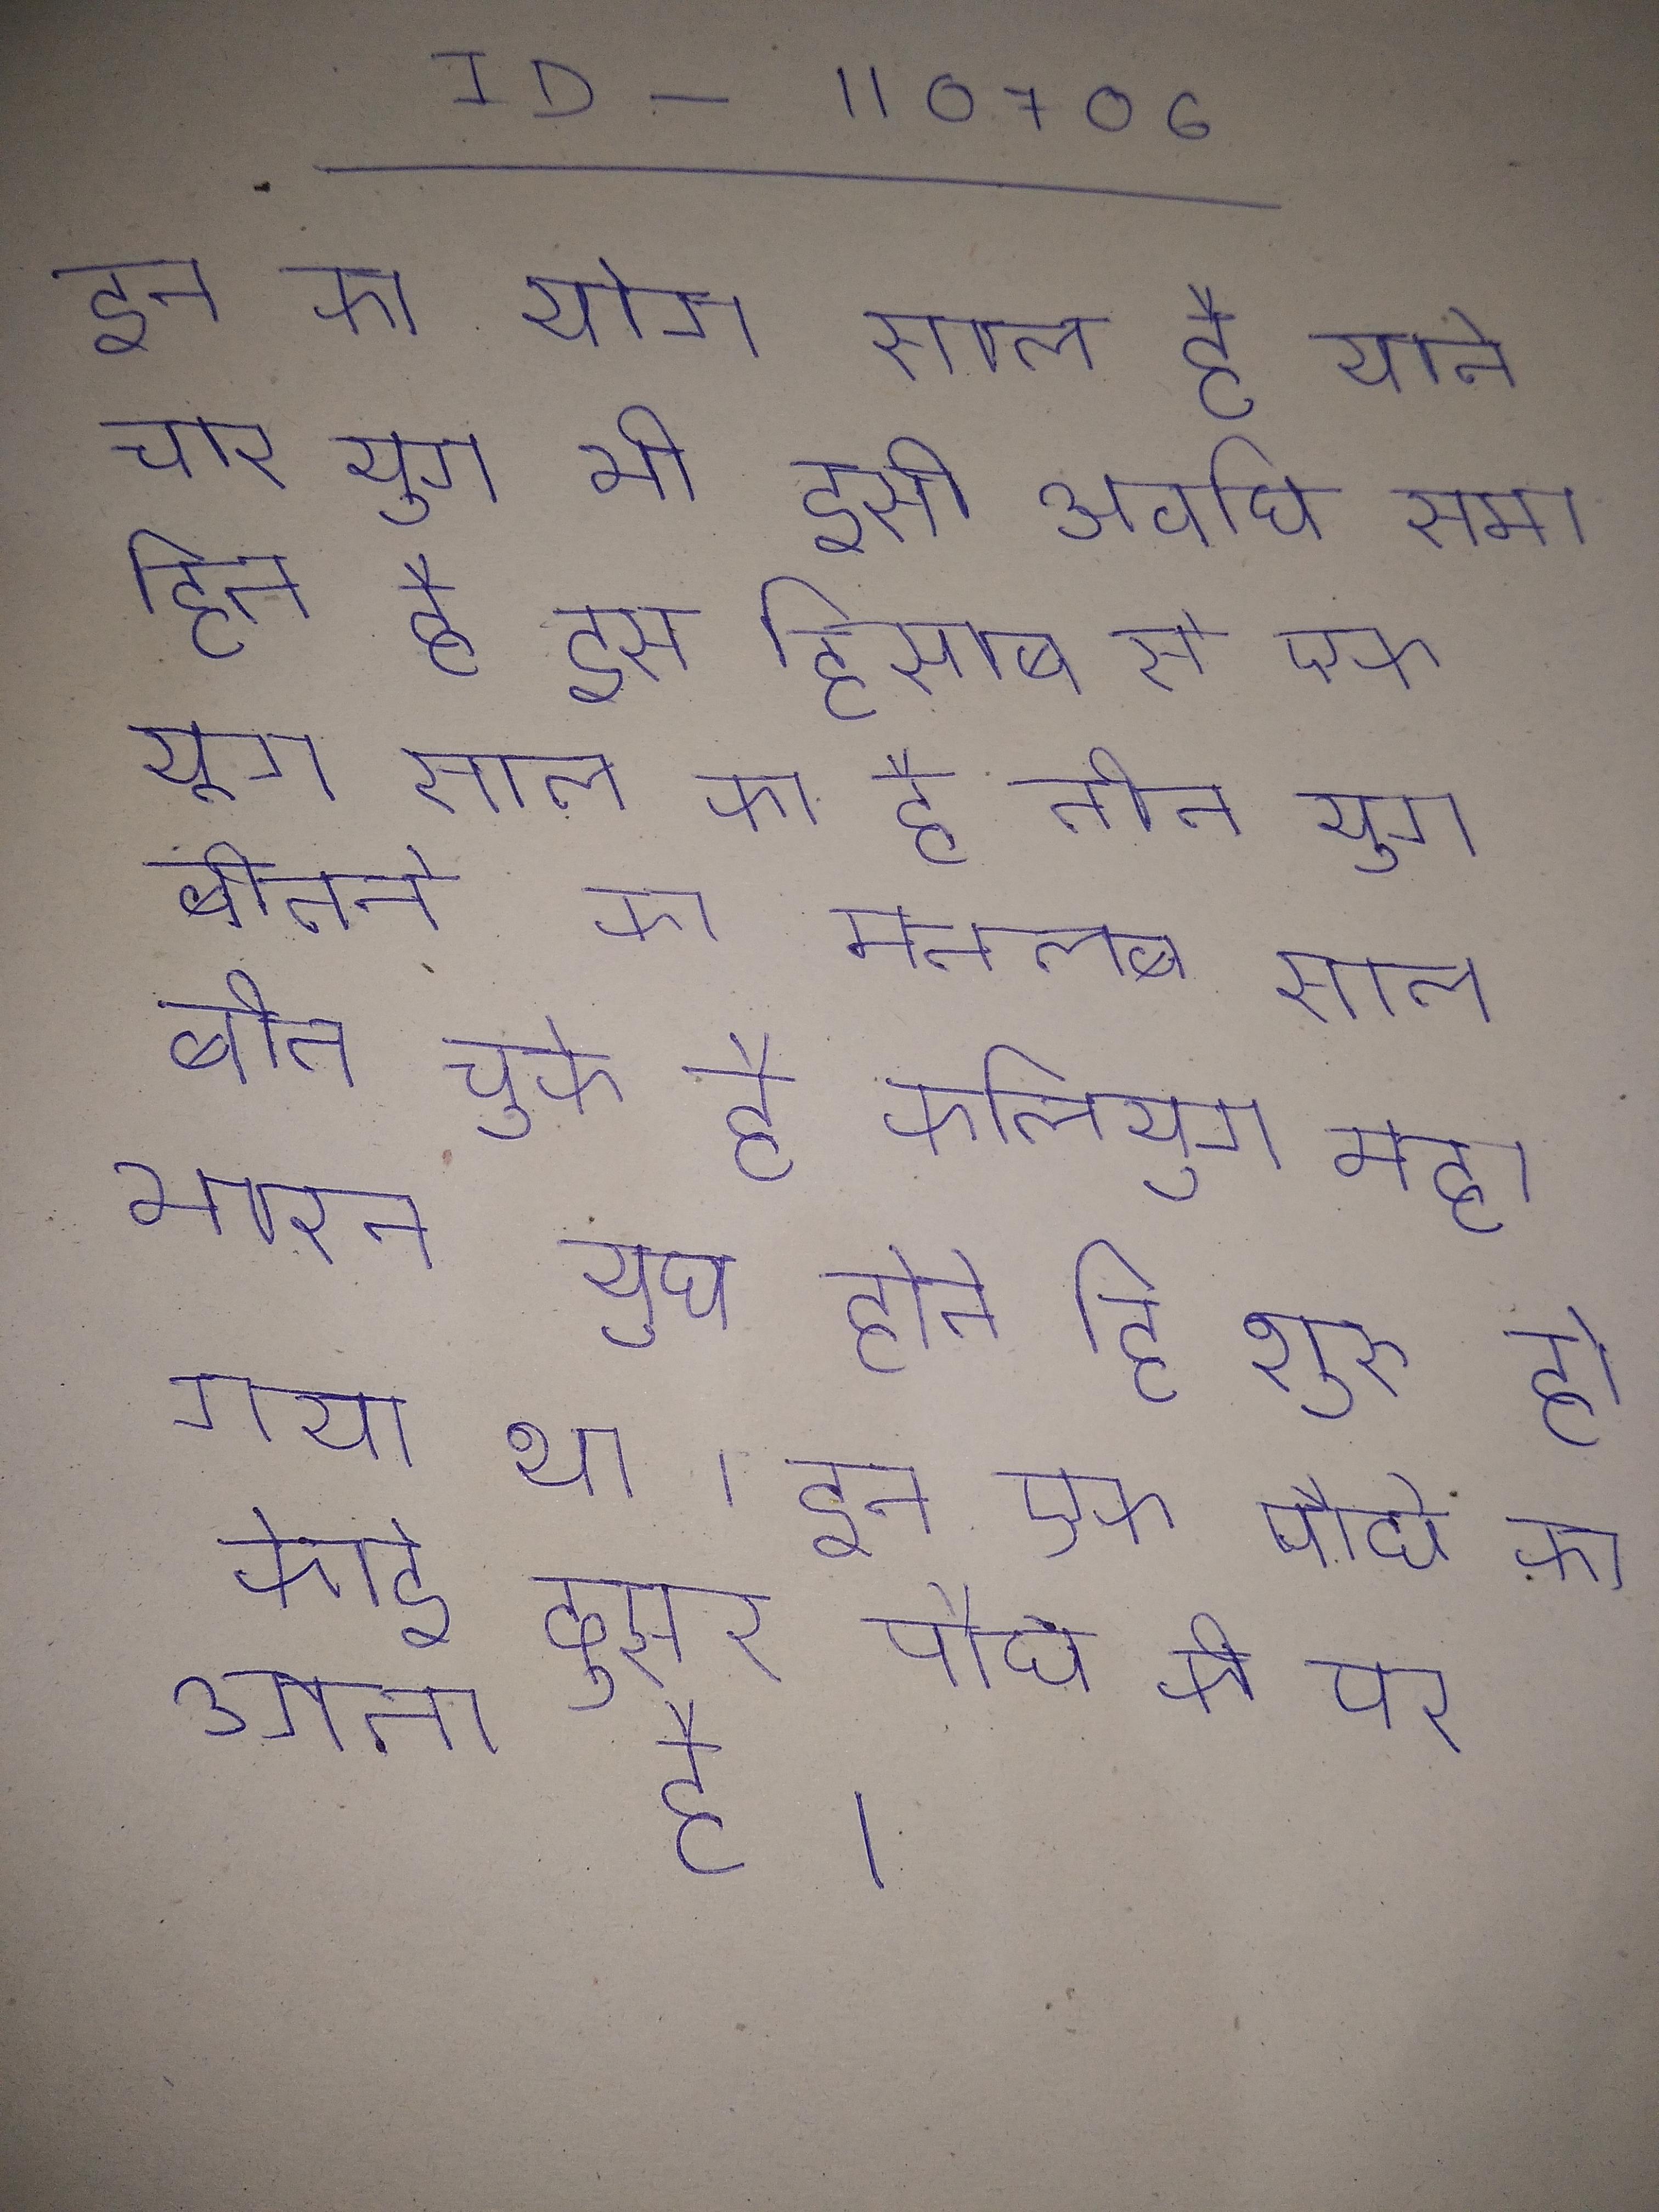
इन का योग साल है याने चार युग भी इसी अवधि समाहित है इस हिसाब से एक युग साल का है तीन युग बीतने का मतलब साल बीत चुके है कलियुग महाभारत युध होते हि शुरू हो गया था । इन एक पौधे का कोई दूसरे पौधे की पर उगता है ।